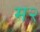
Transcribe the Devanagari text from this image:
म२